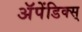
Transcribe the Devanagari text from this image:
अॅपेंडिक्स्